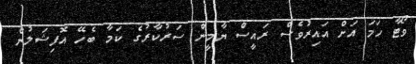
ވޯޓާ ހަމަ އަށް އައިރުވެސް ރައީސް ޔާމީން ސަރުކާރުގެ ކަމާ ބެހޭ އޮފިޝަލުން